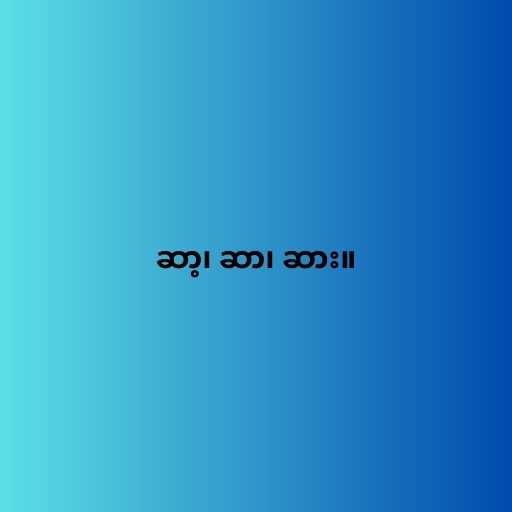
ဆာ့၊ ဆာ၊ ဆား။